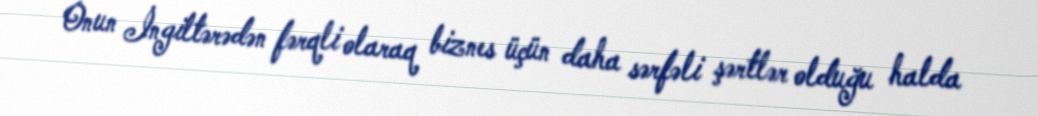
Onun İngiltərədən fərqli olaraq biznes üçün daha sərfəli şərtlər olduğu halda